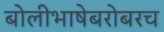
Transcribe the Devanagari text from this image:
बोलीभाषेबरोबरच